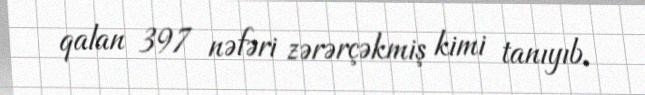
qalan 397 nəfəri zərərçəkmiş kimi tanıyıb.